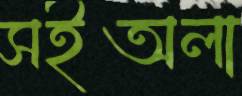
সইঅলা